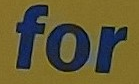
for